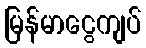
မြန်မာငွေကျပ်